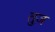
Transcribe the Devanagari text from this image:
तुज़